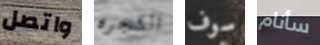
واتصل الشجره سوف سأنام